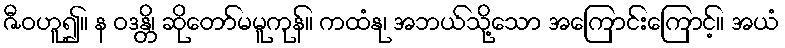
ဇီဝဟူ၍။ န ဝဒန္တိ၊ ဆိုတော်မမူကုန်။ ကထံနု၊ အဘယ်သို့သော အကြောင်းကြောင့်။ အယံ